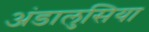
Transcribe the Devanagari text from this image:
अंडालुसिया